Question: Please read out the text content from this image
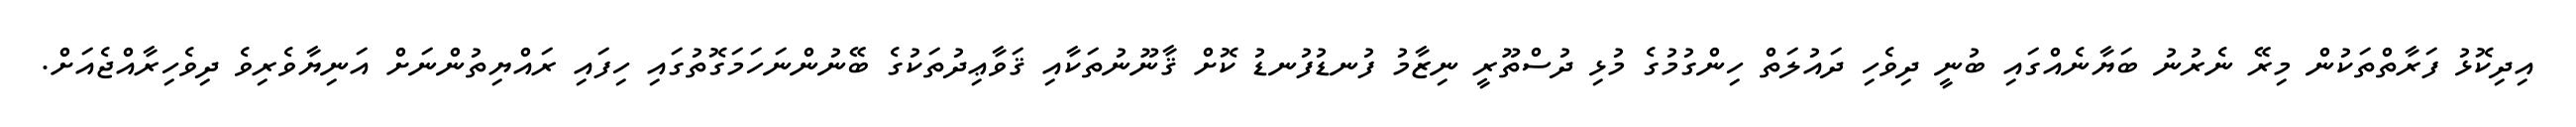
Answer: އިދިކޮޅު ފަރާތްތަކުން މިރޭ ނެރުނު ބަޔާނެއްގައި ބުނީ ދިވެހި ދައުލަތް ހިންގުމުގެ މުޅި ދުސްތޫރީ ނިޒާމު ފުނޑުފުނޑު ކޮށް ޤާނޫނުތަކާއި ޤަވާޢިދުތަކުގެ ބޭނުންނަހަމަގޮތުގައި ހިފައި ރައްޔިތުންނަށް އަނިޔާވެރިވެ ދިވެހިރާއްޖެއަށް.